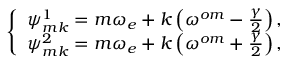
\left\{ \begin{array} { l } { \psi _ { m k } ^ { 1 } = m \omega _ { e } + k \left( \omega ^ { o m } - \frac { \gamma } { 2 } \right) , } \\ { \psi _ { m k } ^ { 2 } = m \omega _ { e } + k \left( \omega ^ { o m } + \frac { \gamma } { 2 } \right) , } \end{array} \right.